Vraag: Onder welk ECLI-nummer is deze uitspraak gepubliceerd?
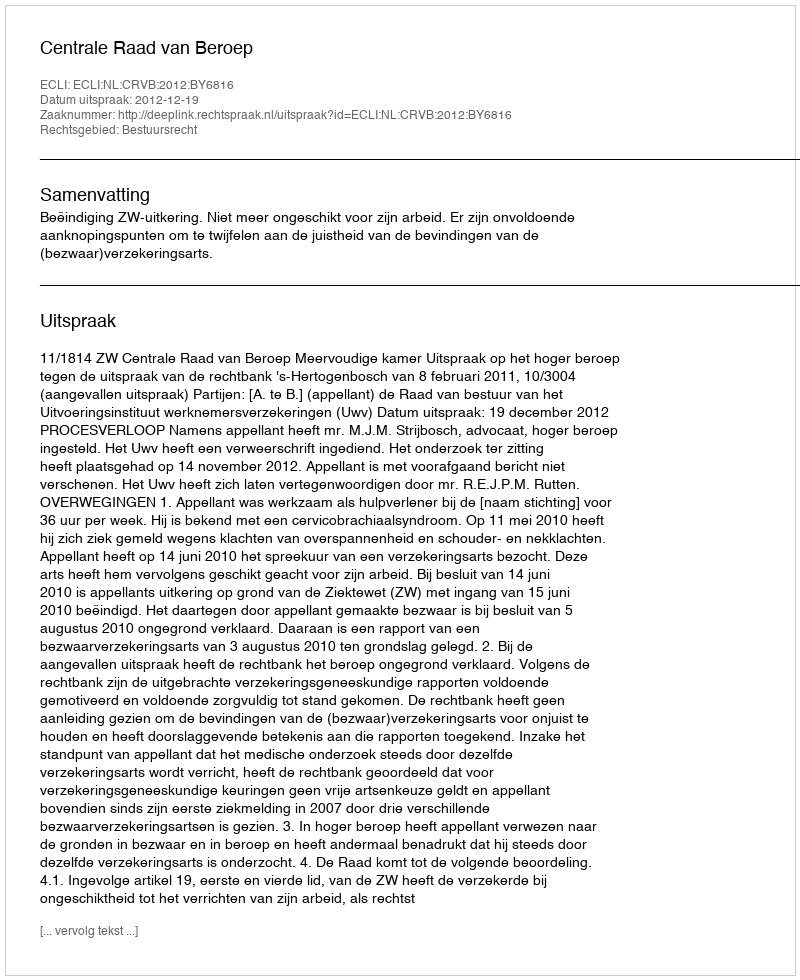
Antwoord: ECLI:NL:CRVB:2012:BY6816